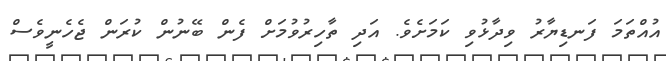
އުއްތަމަ ފަނޑިޔާރު ވިދާޅުވި ކަމަށެވެ. އަދި ތާހިރުވުމަށް ފެން ބޭނުން ކުރަން ޖެހެނީވެސް